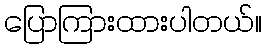
ပြောကြားထားပါတယ်။